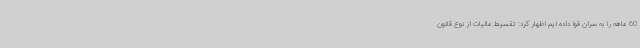
60 ماهه را به سران قوا داده ایم اظهار کرد: تقسیط مالیات از نوع قانون